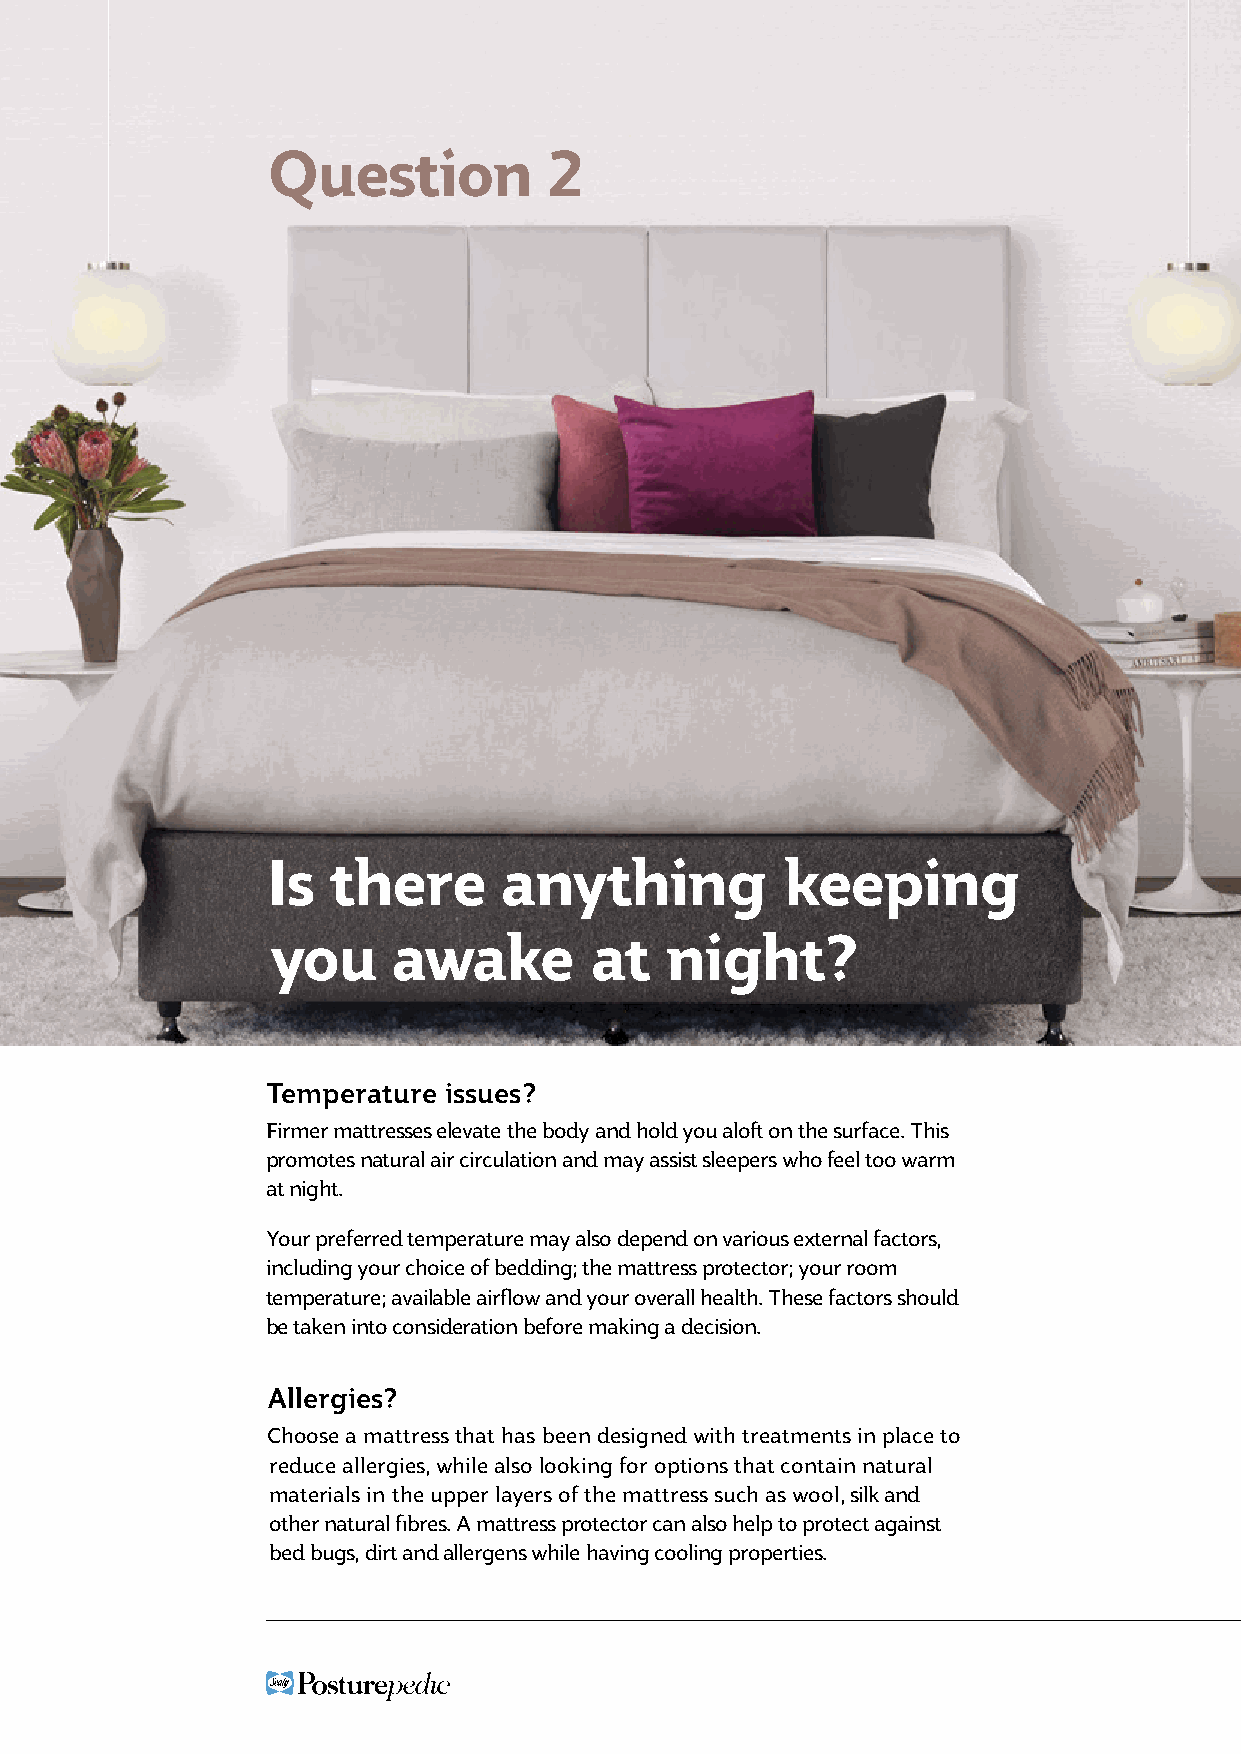
Question          2
 Is  there      anything           keeping
 you     awake        at   night?
 Temperature issues?
 Firmer mattresses elevate the body and hold you aloft on the surface. This
 promotes natural air circulation and may assist sleepers who feel too warm
 at night.
 Your preferred temperature may also depend on various external factors,
 including your choice of bedding; the mattress protector; your room
 temperature; available airflow and your overall health. These factors should
 be taken into consideration before making a decision.
 Allergies?
 Choose a mattress that has been designed with treatments in place to
 reduce allergies, while also looking for options that contain natural
 materials in the upper layers of the mattress such as wool, silk and
 other natural fibres. A mattress protector can also help to protect against
 bed bugs, dirt and allergens while having cooling properties.